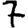
Digit: 7